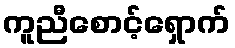
ကူညီစောင့်ရှောက်